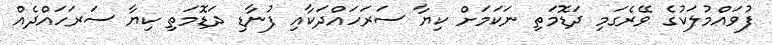
ފުވައްމުލަކުގެ ވޭރެގަމި ދަޑޮމަތި ނަކަމަށް ކިޔާ ސަރަހައްދަކާއި ފުނާޑި ދަޑޮމަތި ކިޔާ ސަރަހައްދެއް